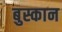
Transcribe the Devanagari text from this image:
बुस्कान